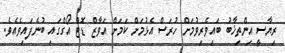
ރިޔާސީ އިންތިޚާބު ބައިވެރިވުމަށް ހުރަސް އެޅުމަށް ކަމަށް އަވާޒް ޑޮޓް އޯގްގައި ބުނެފައިވެއެވެ.